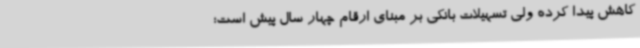
کاهش پیدا کرده ولی تسهیلات بانکی بر مبنای ارقام چهار سال پیش است؛